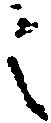
之